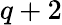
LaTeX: q+2